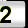
Digit: 2